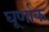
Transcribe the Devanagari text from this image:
घूर्णाक